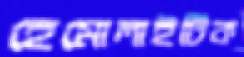
হেমোলাইটিক